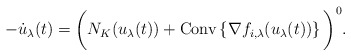
\begin{align*} -\dot u_{\lambda}(t) = \bigg(N_K(u_{\lambda}(t)) + \mbox{{\rm Conv}}\left\{\nabla f_{i,\lambda}(u_{\lambda}(t)) \right\} \bigg)^{0}.\end{align*}